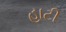
હાટી